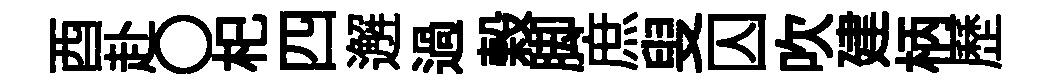
酉赴〇𣏌四邂過榖脚庶叟囚吹建柄歷